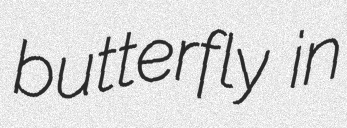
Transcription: butterfly in